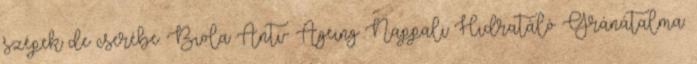
szépek de cserébe. Biola Anti- Ageing Nappali Hidratáló Gránátalma.